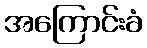
အကြောင်းခံ